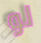
لو